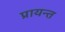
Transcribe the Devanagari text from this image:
प्रायन्त